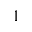
1